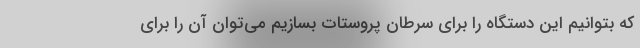
که بتوانیم این دستگاه را برای سرطان پروستات بسازیم می‌توان آن را برای